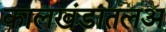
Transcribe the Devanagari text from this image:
कालखंडातलअ